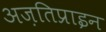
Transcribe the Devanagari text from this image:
अज़तिप्राइन